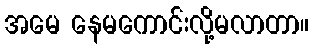
အမေ နေမကောင်းလို့မလာတာ။